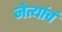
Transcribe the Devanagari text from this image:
नेत्यांचं